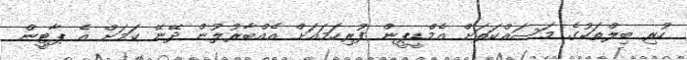
ހުރި ބިލްތަކުގެ މަސައްކަތަށް އެމްޑީޕީން ފުރިހަމައަށް އެއްބާރުލުން ދޭނޭ ކަމަށް އެ ޕާޓީން